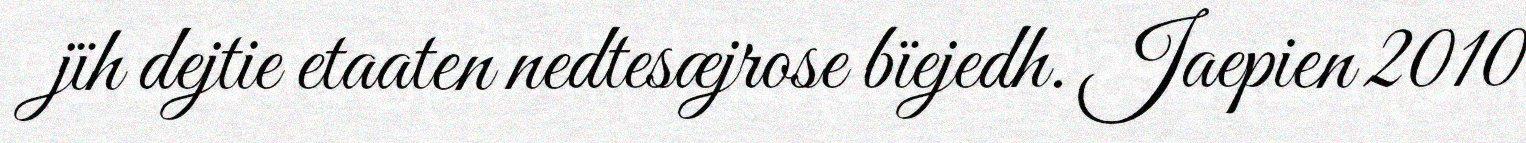
jïh dejtie etaaten nedtesæjrose bïejedh. Jaepien 2010